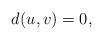
LaTeX: \begin{align*} d(u,v)=0,\end{align*}